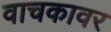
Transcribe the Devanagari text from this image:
वाचकावर